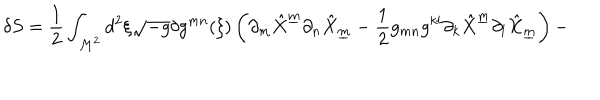
\delta S = { \frac { 1 } { 2 } } \int _ { { \cal M } ^ { 2 } } d ^ { 2 } \xi \sqrt { - g } \delta g ^ { m n } ( \xi ) \left( \partial _ { m } { \hat { X } } ^ { \underline { { { m } } } } \partial _ { n } { \hat { X } } _ { \underline { { { m } } } } - { \frac { 1 } { 2 } } g _ { m n } g ^ { k l } \partial _ { k } { \hat { X } } ^ { \underline { { { m } } } } \partial _ { l } { \hat { X } } _ { \underline { { { m } } } } \right) -